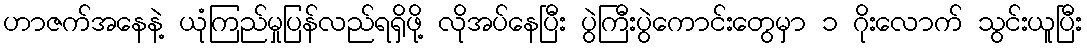
ဟာဇက်အနေနဲ့ ယုံကြည်မှုပြန်လည်ရရှိဖို့ လိုအပ်နေပြီး ပွဲကြီးပွဲကောင်းတွေမှာ ၁ ဂိုးလောက် သွင်းယူပြီး